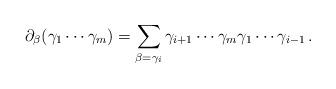
LaTeX: \begin{align*}\partial_\beta(\gamma_1\cdots\gamma_m)=\sum_{\beta=\gamma_i}\gamma_{i+1}\cdots\gamma_m\gamma_1\cdots\gamma_{i-1}\,.\end{align*}